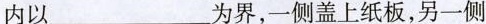
内以___为界，一侧盖上纸板，另一侧